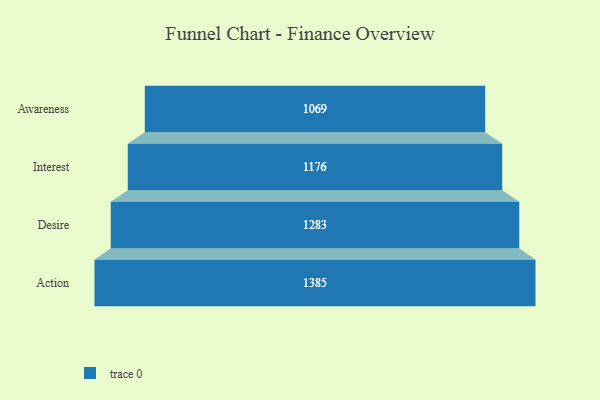
{"axis": {"x": "Stage", "y": "Value"}, "legend": [""], "data": [{"x": "Awareness", "y": 1069.0, "type": ""}, {"x": "Interest", "y": 1176.0, "type": ""}, {"x": "Desire", "y": 1283.0, "type": ""}, {"x": "Action", "y": 1385.0, "type": ""}]}